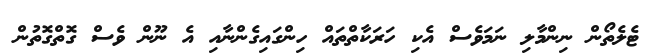
ޓެލެތޯން ނިންމާލި ނަމަވެސް އެކި ހަރަކާތްތައް ހިންގައިގެންނާއި އެ ނޫން ވެސް ގޮތްގޮތުން